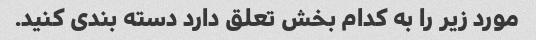
مورد زیر را به کدام بخش تعلق دارد دسته بندی کنید.